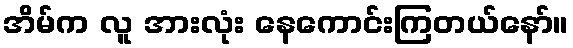
အိမ်က လူ အားလုံး နေကောင်းကြတယ်နော်။